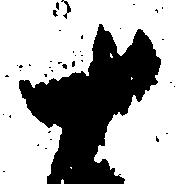
十